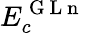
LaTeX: E_{c}^{\mathrm{~G~L~n~}}